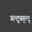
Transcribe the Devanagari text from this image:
म्ल्द्च्म्ल्द्